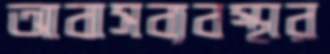
আবাসব্যবস্থার